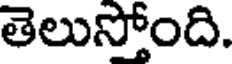
తెలుస్తోంది.